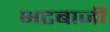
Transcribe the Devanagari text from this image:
भटबाजी